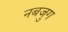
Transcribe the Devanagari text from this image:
नबजुग